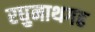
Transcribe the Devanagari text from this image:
रघुनाथगढ